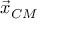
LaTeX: { \vec { x } } _ { C M }